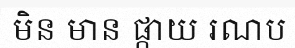
មិន មាន ផ្កាយ រណប